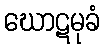
ဃောဋမုခံ